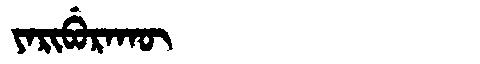
Manchu: ᠶᠠᡵᡳᠪᡠᡵᠠᡴᡡ
Romanization: YARIBURAKŪ